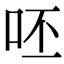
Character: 呸